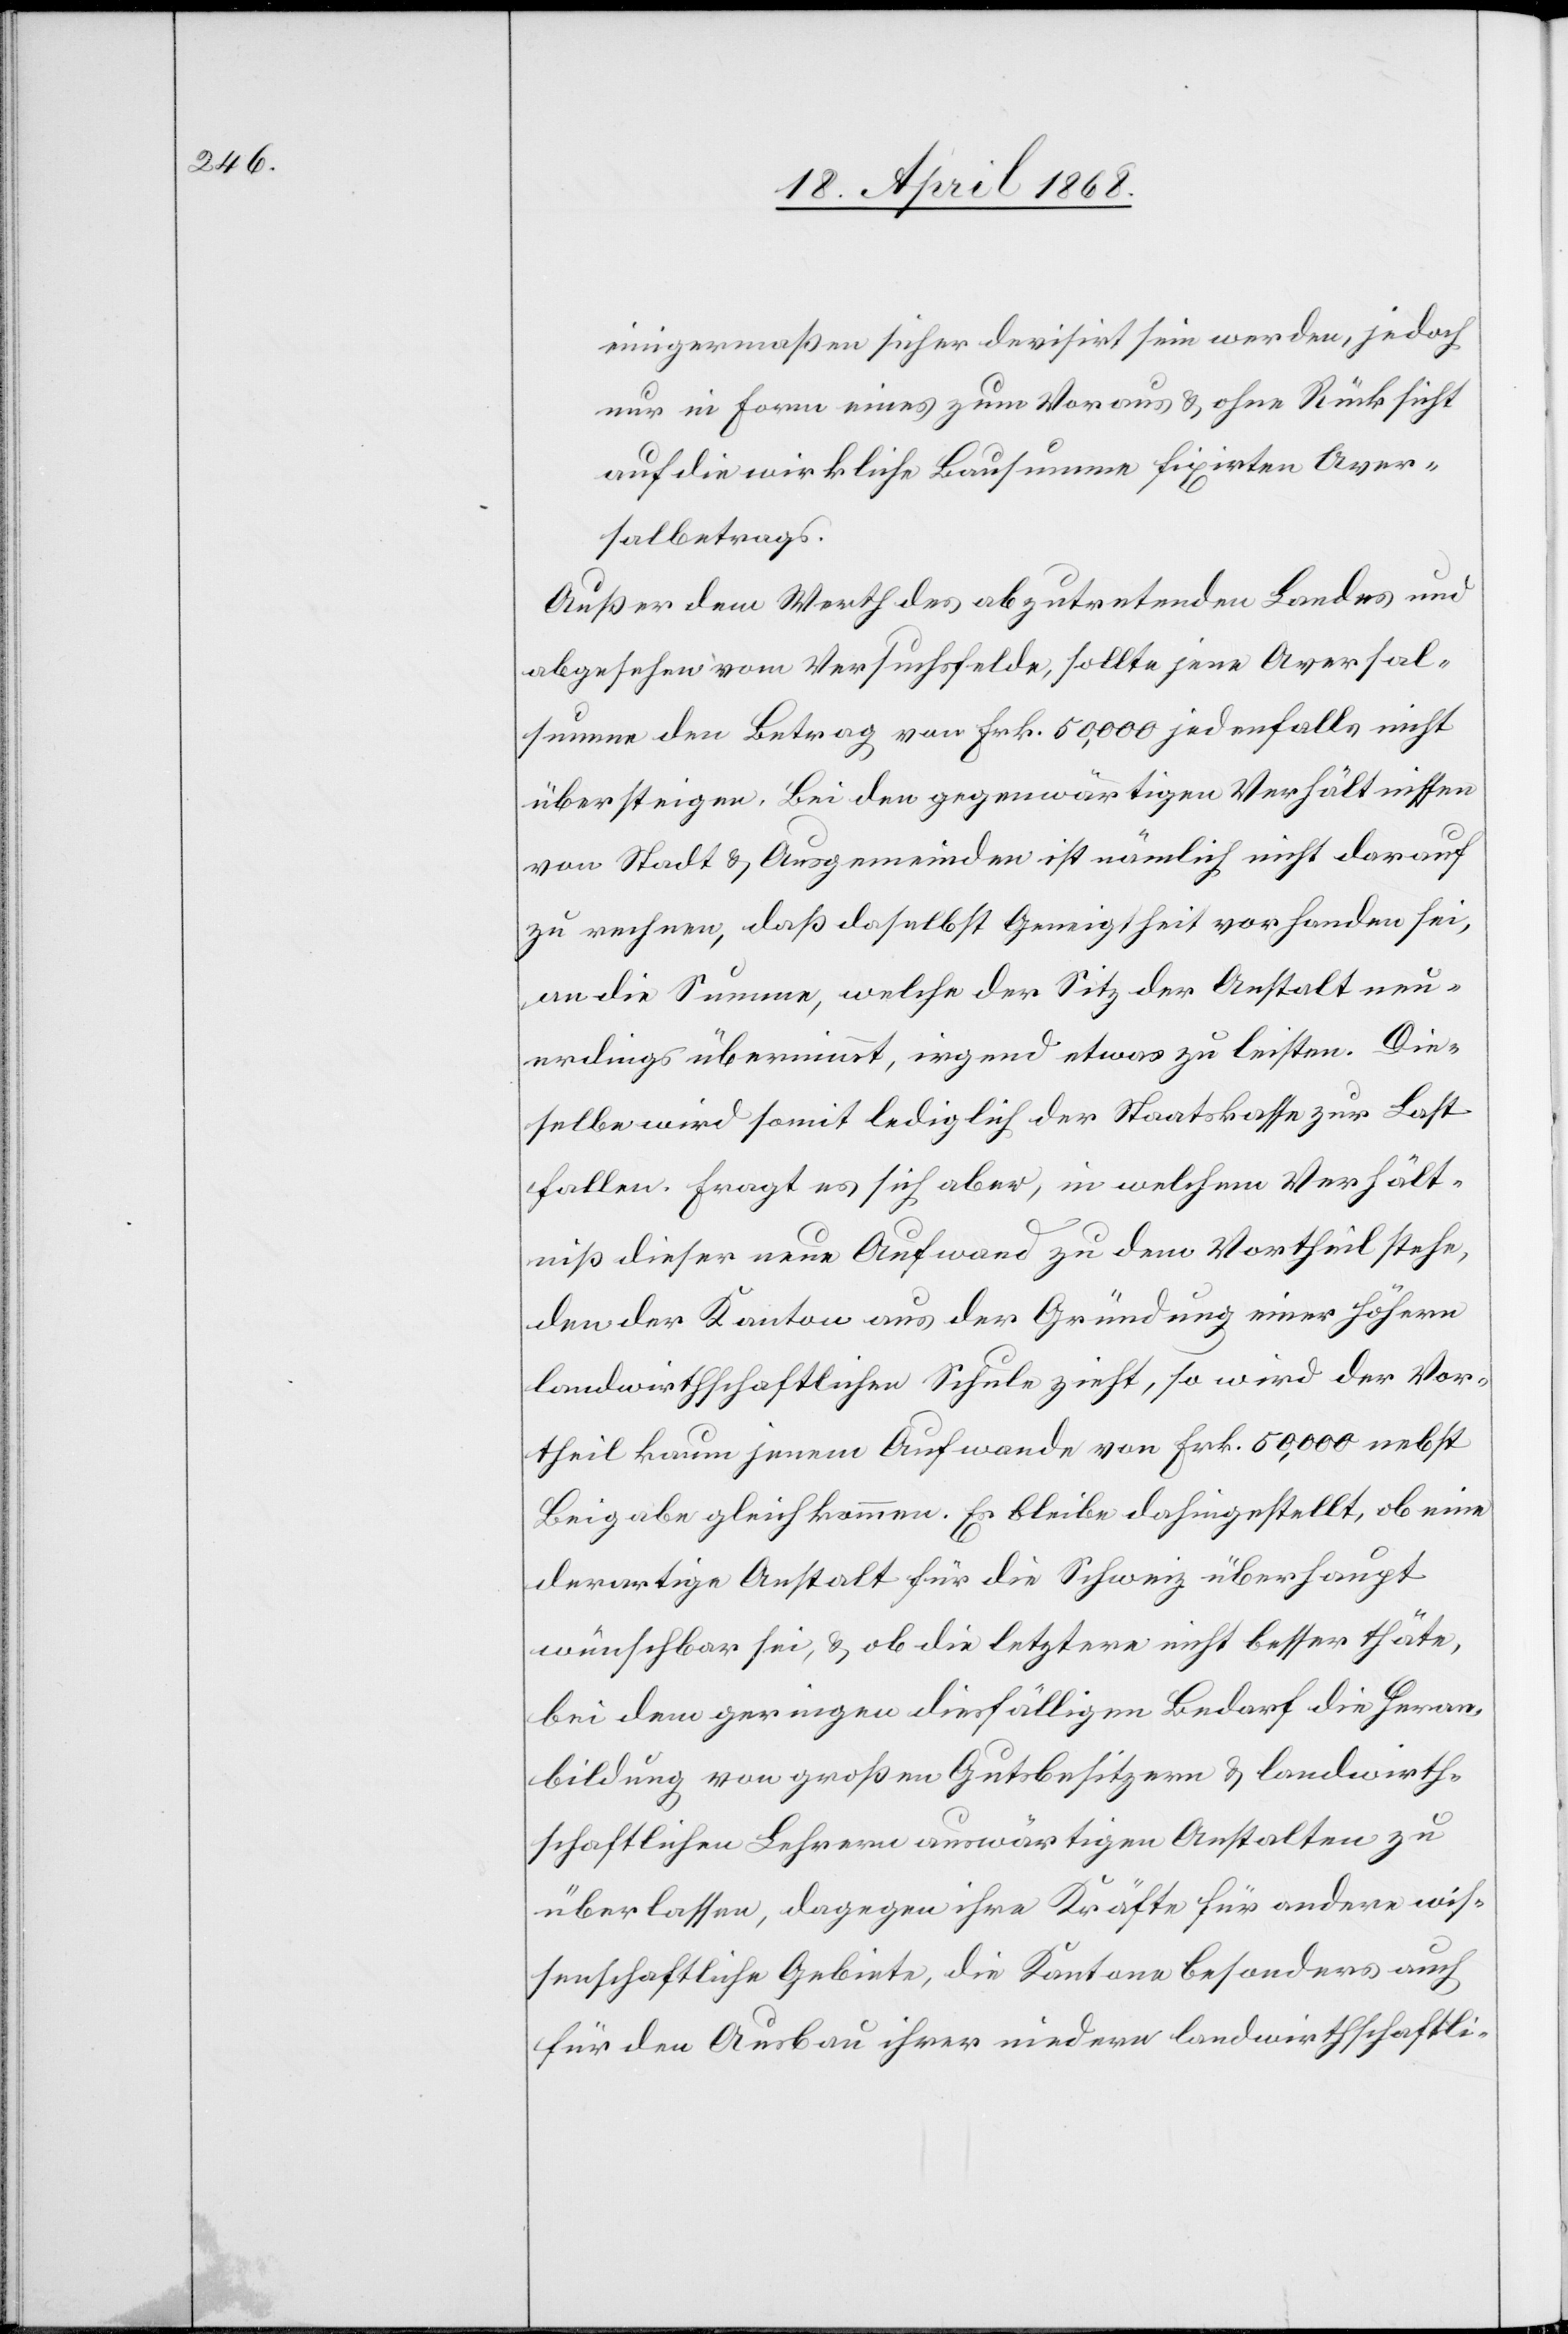
einigermaßen sicher devisirt sein werden, jedoch
nur in Form eines zum Voraus & ohne Rücksicht
auf die wirkliche Bausumme fixirten Aver¬
salbetrags.
Außer dem Werth des abzutretenden Landes und
abgesehen vom Versuchsfelde, sollte jene Aversal¬
summe den Betrag von Frk. 50,000 jedenfalls nicht
übersteigen. Bei den gegenwärtigen Verhältnissen
von Stadt & Ausgemeinden ist nämlich nicht darauf
zu rechnen, daß daselbst Geneigtheit vorhanden sei,
an die Summe, welche der Sitz der Anstalt neu¬
erdings übernimmt, irgend etwas zu leisten. Die¬
selbe wird somit lediglich der Staatskasse zur Last
fallen. Fragt es sich aber, in welchem Verhält¬
niß dieser neue Aufwand zu dem Vortheil stehe,
den der Kanton aus der Gründung einer höhern
landwirthschaftlichen Schule zieht, so wird der Vor¬
theil kaum jenem Aufwande von Frk. 50,000 nebst
Beigabe gleichkommen. Es bleibe dahingestellt, ob eine
derartige Anstalt für die Schweiz überhaupt
wünschbar sei, & ob die letztere nicht besser thäte,
bei dem geringen diesfälligen Bedarf die Heran¬
bildung von großen Gutsbesitzern & landwirth¬
schaftlichen Lehrern auswärtigen Anstalten zu
überlassen, dagegen ihre Kräfte für andere wis¬
senschaftliche Gebiete, die Kantone besonders auch
für den Ausbau ihrer niedern landwirthschaftli-